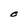
Character: O